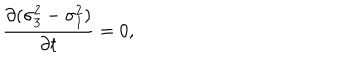
LaTeX: { \frac { \partial ( \sigma _ { 3 } ^ { 2 } - \sigma _ { 1 } ^ { 2 } ) } { \partial t } } = 0 ,